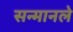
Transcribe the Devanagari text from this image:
सन्मानले